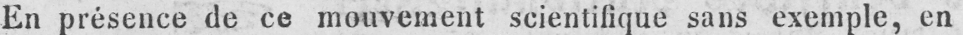
En présence de ce mouvement scientifique sans exemple, en